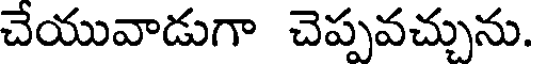
చేయువాడుగా చెప్పవచ్చును.